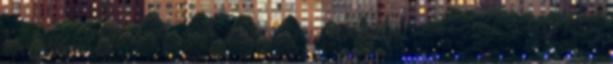
bőrgyár épületét, és a munkát nem a technológiai előírások